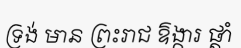
ទ្រង់ មាន ព្រះរាជ ឱង្ការ ផ្តាំ